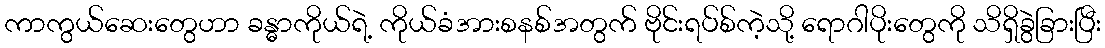
ကာကွယ်ဆေးတွေဟာ ခန္ဓာကိုယ်ရဲ့ ကိုယ်ခံအားစနစ်အတွက် ဗိုင်းရပ်စ်ကဲ့သို့ ရောဂါပိုးတွေကို သိရှိခွဲခြားပြီး